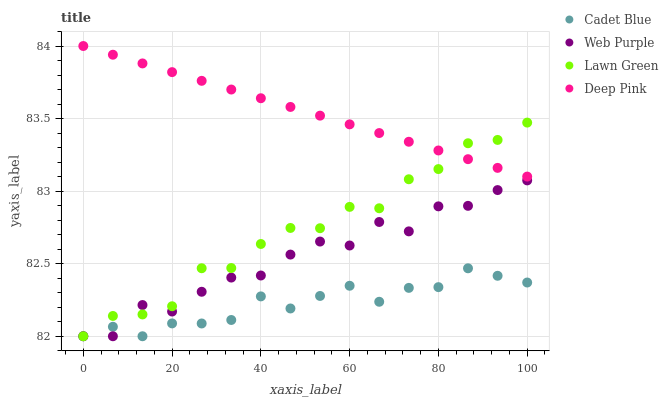
| xaxis_label | Cadet Blue | Web Purple | Lawn Green | Deep Pink |
 | --- | --- | --- | --- | --- |
 | 0 | 82 | 82 | 82 | 84 |
 | 6.67 | 82.1 | 82 | 82.1 | 83.9 |
 | 13.3 | 82 | 82.2 | 82.2 | 83.9 |
 | 20 | 82.1 | 82.2 | 82.2 | 83.8 |
 | 26.7 | 82.1 | 82.3 | 82.5 | 83.8 |
 | 33.3 | 82.1 | 82.4 | 82.5 | 83.7 |
 | 40 | 82.3 | 82.4 | 82.6 | 83.6 |
 | 46.7 | 82.2 | 82.6 | 82.7 | 83.6 |
 | 53.3 | 82.3 | 82.7 | 82.7 | 83.5 |
 | 60 | 82.3 | 82.6 | 82.9 | 83.5 |
 | 66.7 | 82.2 | 82.8 | 82.9 | 83.4 |
 | 73.3 | 82.3 | 82.7 | 83.1 | 83.3 |
 | 80 | 82.3 | 82.9 | 83.2 | 83.3 |
 | 86.7 | 82.5 | 82.9 | 83.3 | 83.2 |
 | 93.3 | 82.4 | 83 | 83.4 | 83.2 |
 | 100 | 82.4 | 83.1 | 83.5 | 83.1 |